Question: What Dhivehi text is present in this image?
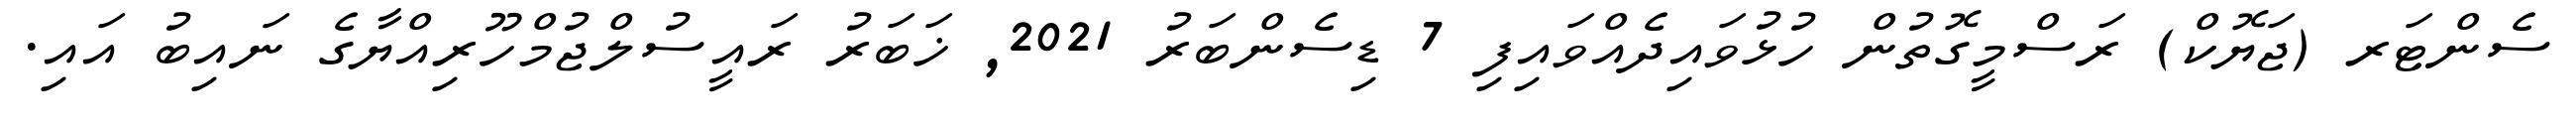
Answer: ސެންޓަރ (ޖަޔޮކް) ރަސްމީގޮތުން ހުޅުވައިދެއްވައިފި 7 ޑިސެންބަރު 2021, ޚަބަރު ރައީސުލްޖުމްހޫރިއްޔާގެ ނައިބު އައި.